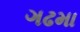
ગઢમા